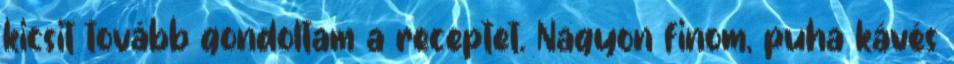
kicsit tovább gondoltam a receptet. Nagyon finom, puha kávés